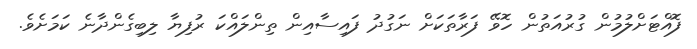
ފޮއްޓަށްލުމުން ގުރުއަތުން ހޮވޭ ފަރާތަކަށް ނަގުދު ފައިސާއިން ތިންލައްކަ ރުފިޔާ ލިބިގެންދާނެ ކަމަށެވެ.